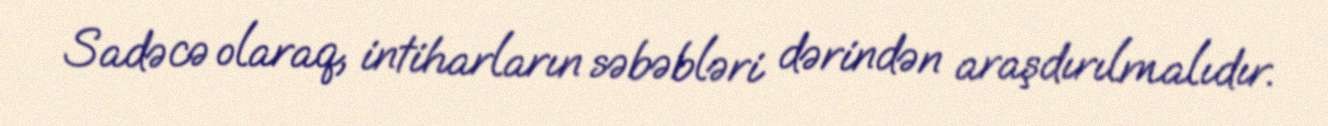
Sadəcə olaraq, intiharların səbəbləri dərindən araşdırılmalıdır.